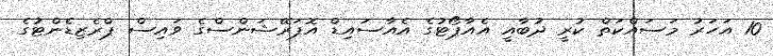
10 އަހަރު މަސައްކަތް ކުރީ ދުބާއީ އެއާޕޯޓުގެ އެއާސައިޑް އޮޕަރޭޝަންސްގެ ވައިސް ޕްރެޒިޑެންޓުގެ